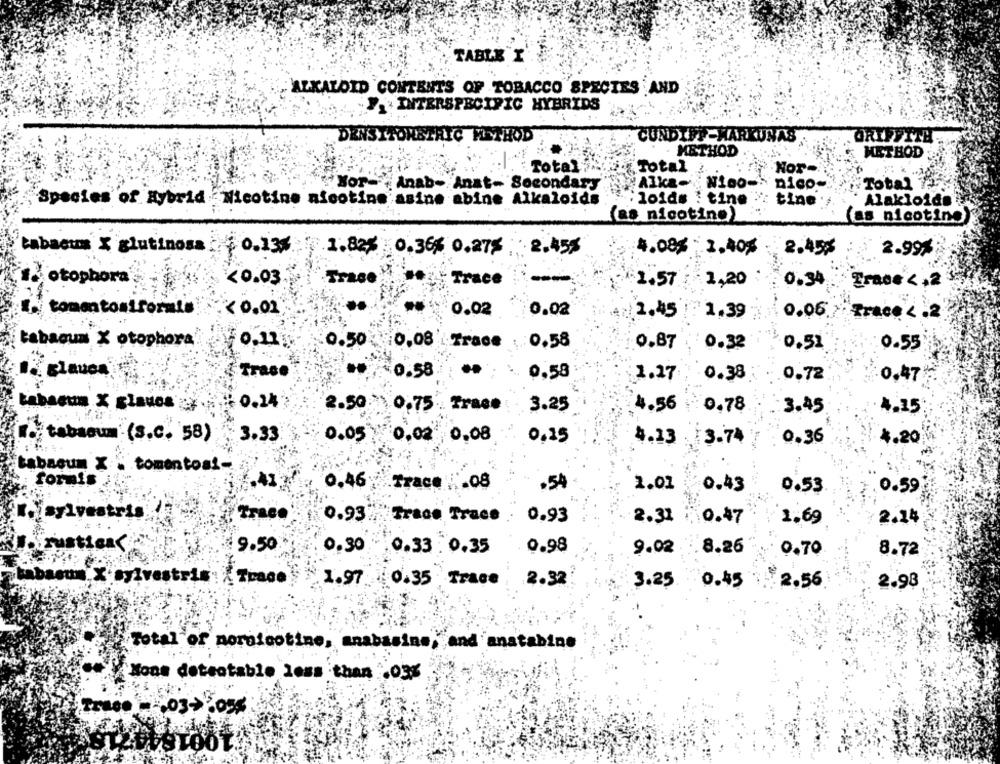
TABLE I
ALKALOID CONTENTS OF TOBACCO SPECIES AND
INTERSPECIFIC HYBRIDS
GRIFFITH
DENSITOMETRIC METHOD
CUNDIFF-MARKUNAS
METHOD
METHOD
Total
"Total .
.Nor-
Total ?
Anab- Anat- Secondary
Alka- Nieo- nico-
"Species of Hybrid Nicotine nicotine asine abine Alkaloids
: loids : tine"
tine
Alakloide
(as nicotine)
(as nicotine
tabacurs X glutinosa : $ 0.13%.
1.82/ 0.36% 0.275
2.457
4.08% 2.40%
2.45%
2.99%
otophora
<0.03
Trase
Trace
1.57
1,20
Trace < , 2
0.34
tomatostformte!
<0.01
0.02
0.02
2.45
1,39
0.06
Frace < . 2
tabacum X otophora.
0.50
0,08 Trace
:0.58
0.87
0.32
0.52
0.55
glauca
Trace
$0.58
0.58
1.27
0.38
0.72
-0.47
tabacum X glauca
: 0.24
2.50
0.75 . Trace :
3.25
4.56
0.78.
3.45
4.15
tabacum (S.c. 58)
3.33
0.05
0.02 0,08
0,35
4.13
3.74
0.36
4.20
tabacum X . tomentos !-
formis
0.46 Trace j .08
.54
2.01
0.43
0.53
0.59
1.isylvestris
Trace
0.937Trace Trace
0,93
2.31
0.47
1.69
2.24
rustica<
9.50
0,30
0.33 0.35
0.98
9.02
8.26
0.70
8.72
soun X sylvestris Trace
.2.32
1.97 0.35 Trace
3.25 0.45
: 2.56
2.98
Total of pornicotine, anabasins, and anatabine
"Nous detectable less than ",03%
.03>305